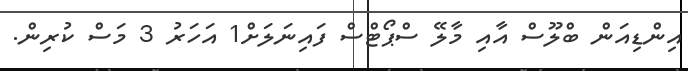
އިންޑިއަން ބްލޫސް އާއި މާލޭ ސްޕޯޓްސް ފައިނަލަށް1 އަހަރު 3 މަސް ކުރިން.